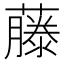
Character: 藤